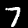
Digit: 7